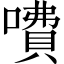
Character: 𠾚